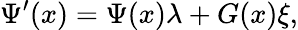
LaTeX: \Psi^{\prime}(x)=\Psi(x)\lambda+G(x)\xi,